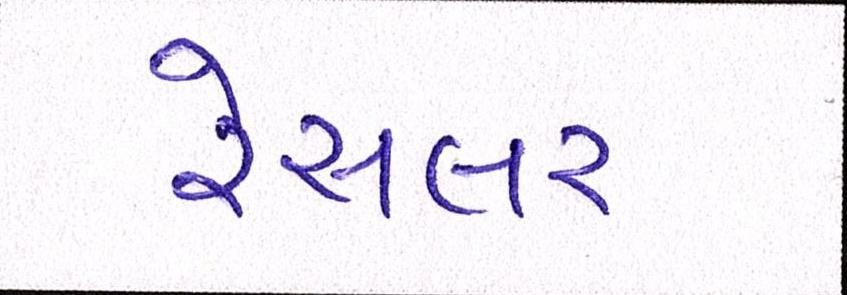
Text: રેસલર